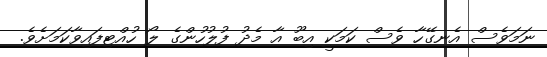
ނަމަވެސް އެނގޭހާ ވެސް ކަމަކީ އިބޫ އާ މެދު ފުލުހުންގެ ލޯ ހުއްޓިފައިވާކަމަށެވެ.